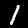
Label: 1